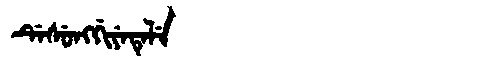
Manchu: ᡩᡝᠰᡠᠩᡤᡳᠶᡝᡨᡝᠯᡝ
Romanization: DESUNGGIYETELE